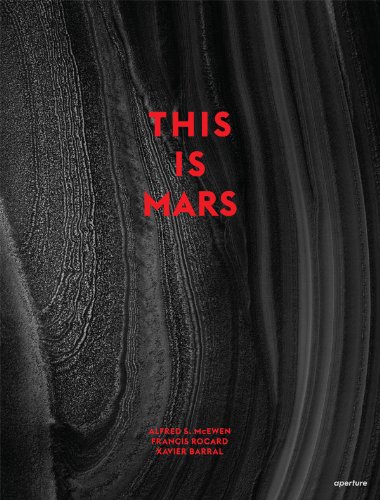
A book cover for This Is Mars; Alfred McEwen; Arts & Photography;